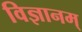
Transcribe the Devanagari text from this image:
विज्ञानम्